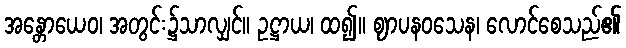
အန္တောယေဝ၊ အတွင်း၌သာလျှင်။ ဥဋ္ဌာယ၊ ထ၍။ ဈာပနဝသေန၊ လောင်စေသည်၏